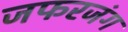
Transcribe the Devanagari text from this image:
जफरजंग